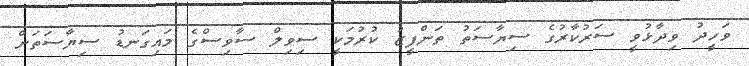
ވަހީދު ވިދާޅުވީ ސަރުކާރުގެ ސިޔާސަތު ތަންފީޒު ކުރުމަކީ ސިވިލް ސާވިސްގެ މައިގަނޑު ސިޔާސަތަށް